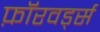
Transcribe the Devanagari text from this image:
फ़ॉरवर्ड्स